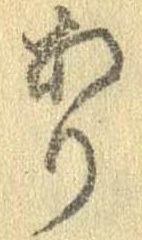
あり